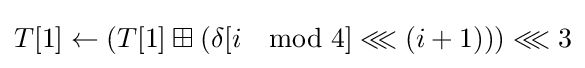
T[1]\leftarrow \left(T[1]\boxplus \left(\delta [i\mod 4]\lll \left(i+1\right)\right)\right)\lll 3